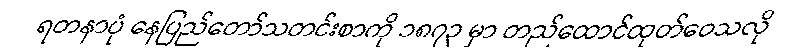
ရတနာပုံ နေပြည်တော်သတင်းစာကို ၁၈၇၃ မှာ တည်ထောင်ထုတ်ဝေသလို